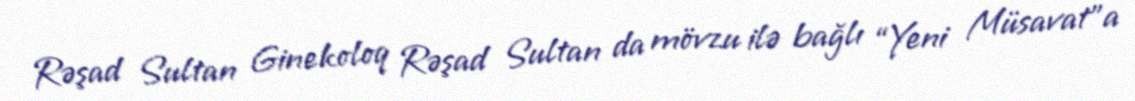
Rəşad Sultan Ginekoloq Rəşad Sultan da mövzu ilə bağlı “Yeni Müsavat”a